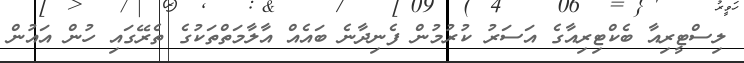
ލިސްޓީރިއާ ބެކްޓިރިއާގެ އަސަރު ކުރުމުން ފެނިދާނެ ބައެއް އާލާމަތްތަކުގެ ތެރޭގައި ހުން އައުން